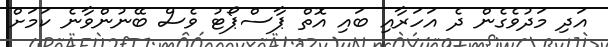
އަދި މަދުވެގެން ދެ އަހަރާއި ބައި އޮތް ޕާސްޕޯޓު ވެސް ބޭނުންވާނެ ކަމަށް